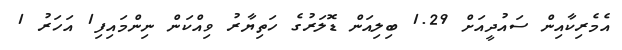
އެމެރިކާއިން ސައުދީއަށް 1.29 ބިލިއަން ޑޮލަރުގެ ހަތިޔާރު ވިއްކަން ނިންމައިފި1 އަހަރު 1